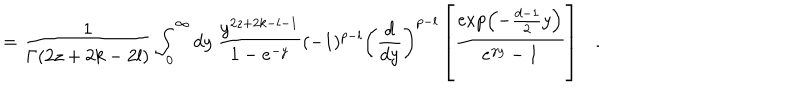
LaTeX: = { \frac { 1 } { \Gamma ( 2 z + 2 k - 2 l ) } } \int _ { 0 } ^ { \infty } d y ~ { \frac { y ^ { 2 z + 2 k - l - 1 } } { 1 - e ^ { - y } } } ( - 1 ) ^ { p - l } \left( { \frac { d } { d y } } \right) ^ { p - l } \left[ { \frac { \exp \left( - { \frac { d - 1 } { 2 } } y \right) } { e ^ { \gamma y } - 1 } } \right] .